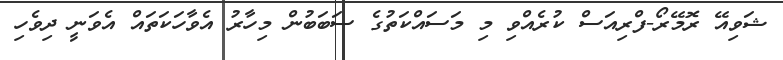
ޝަވިއޭ ރޮމޭރޯ-ފްރިއަސް ކުރެއްވި މި މަސައްކަތުގެ ސަބަބުން މިހާރު އެވާހަކަތައް އެވަނީ ދިވެހި